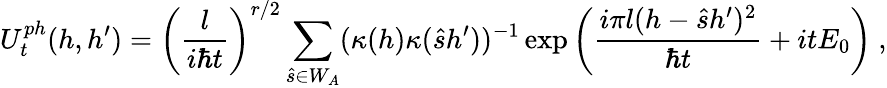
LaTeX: U_{t}^{ph}(h,h^{\prime})=\left(\frac{l}{i\hbar t}\right)^{r/2}\sum_{\hat{s}\in W_{A}}(\kappa(h)\kappa(\hat{s}h^{\prime}))^{-1}\exp\left(\frac{i\pi l(h-\hat{s}h^{\prime})^{2}}{\hbar t}+itE_{0}\right)\ ,